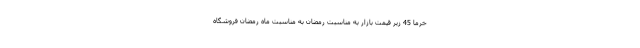
خرما 45 زیر قیمت بازار به مناسبت رمضان به مناسبت ماه رمضان فروشگاه